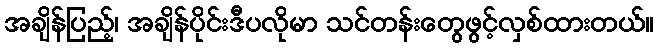
အချိန်ပြည့်၊ အချိန်ပိုင်းဒီပလိုမာ သင်တန်းတွေဖွင့်လှစ်ထားတယ်။